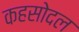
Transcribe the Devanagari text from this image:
कहसोदल